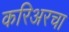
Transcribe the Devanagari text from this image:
करिअरचा